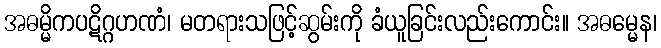
အဓမ္မိကပဋိဂ္ဂဟဏံ၊ မတရားသဖြင့်ဆွမ်းကို ခံယူခြင်းလည်းကောင်း။ အဓမ္မေန၊